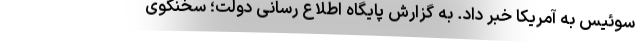
سوئیس به آمریکا خبر داد. به گزارش پایگاه اطلاع رسانی دولت؛ سخنگوی